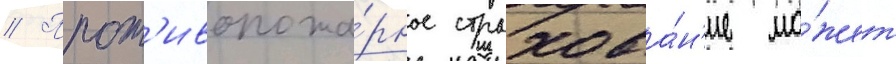
// Прот'ивопожа́рное страхова́н'ие мо́жет